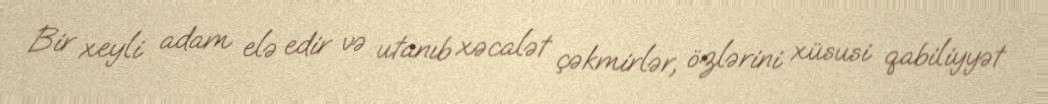
Bir xeyli adam elə edir və utanıb xəcalət çəkmirlər, özlərini xüsusi qabiliyyət